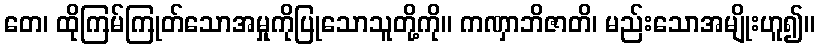
တေ၊ ထိုကြမ်ကြုတ်သောအမှုကိုပြုသောသူတို့ကို။ ကဏှာဘိဇာတိ၊ မည်းသောအမျိုးဟူ၍။